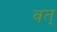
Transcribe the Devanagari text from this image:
वत्